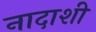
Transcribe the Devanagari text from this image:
नादाशी